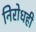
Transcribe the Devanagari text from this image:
निरोधही